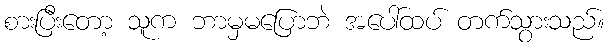
စားပြီးတော့ သူက ဘာမှမပြောဘဲ အပေါ်ထပ် တက်သွားသည်။